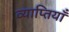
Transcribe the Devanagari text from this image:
व्याप्तियाँ